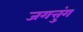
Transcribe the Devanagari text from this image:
जगत्तुंग